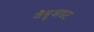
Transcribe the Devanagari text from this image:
जैसुआइट